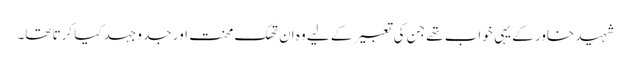
شہید خاور کے یہی خواب تھے جن کی تعبیر کے لیے وہ اَن تھک محنت اور جد و جہد کیا کرتا تھا۔